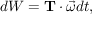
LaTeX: d W = \mathbf { T } \cdot { \vec { \omega } } d t ,